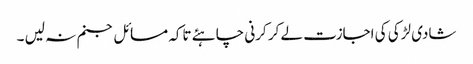
شادی لڑکی کی اجازت لے کر کرنی چاہئے تاکہ مسائل جنم نہ لیں ۔